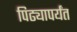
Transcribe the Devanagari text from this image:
पिढ्यापर्यंत